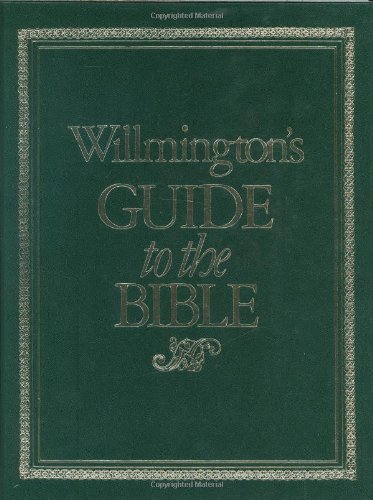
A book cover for Willmington's Guide to the Bible; Harold L. Willmington; Christian Books & Bibles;